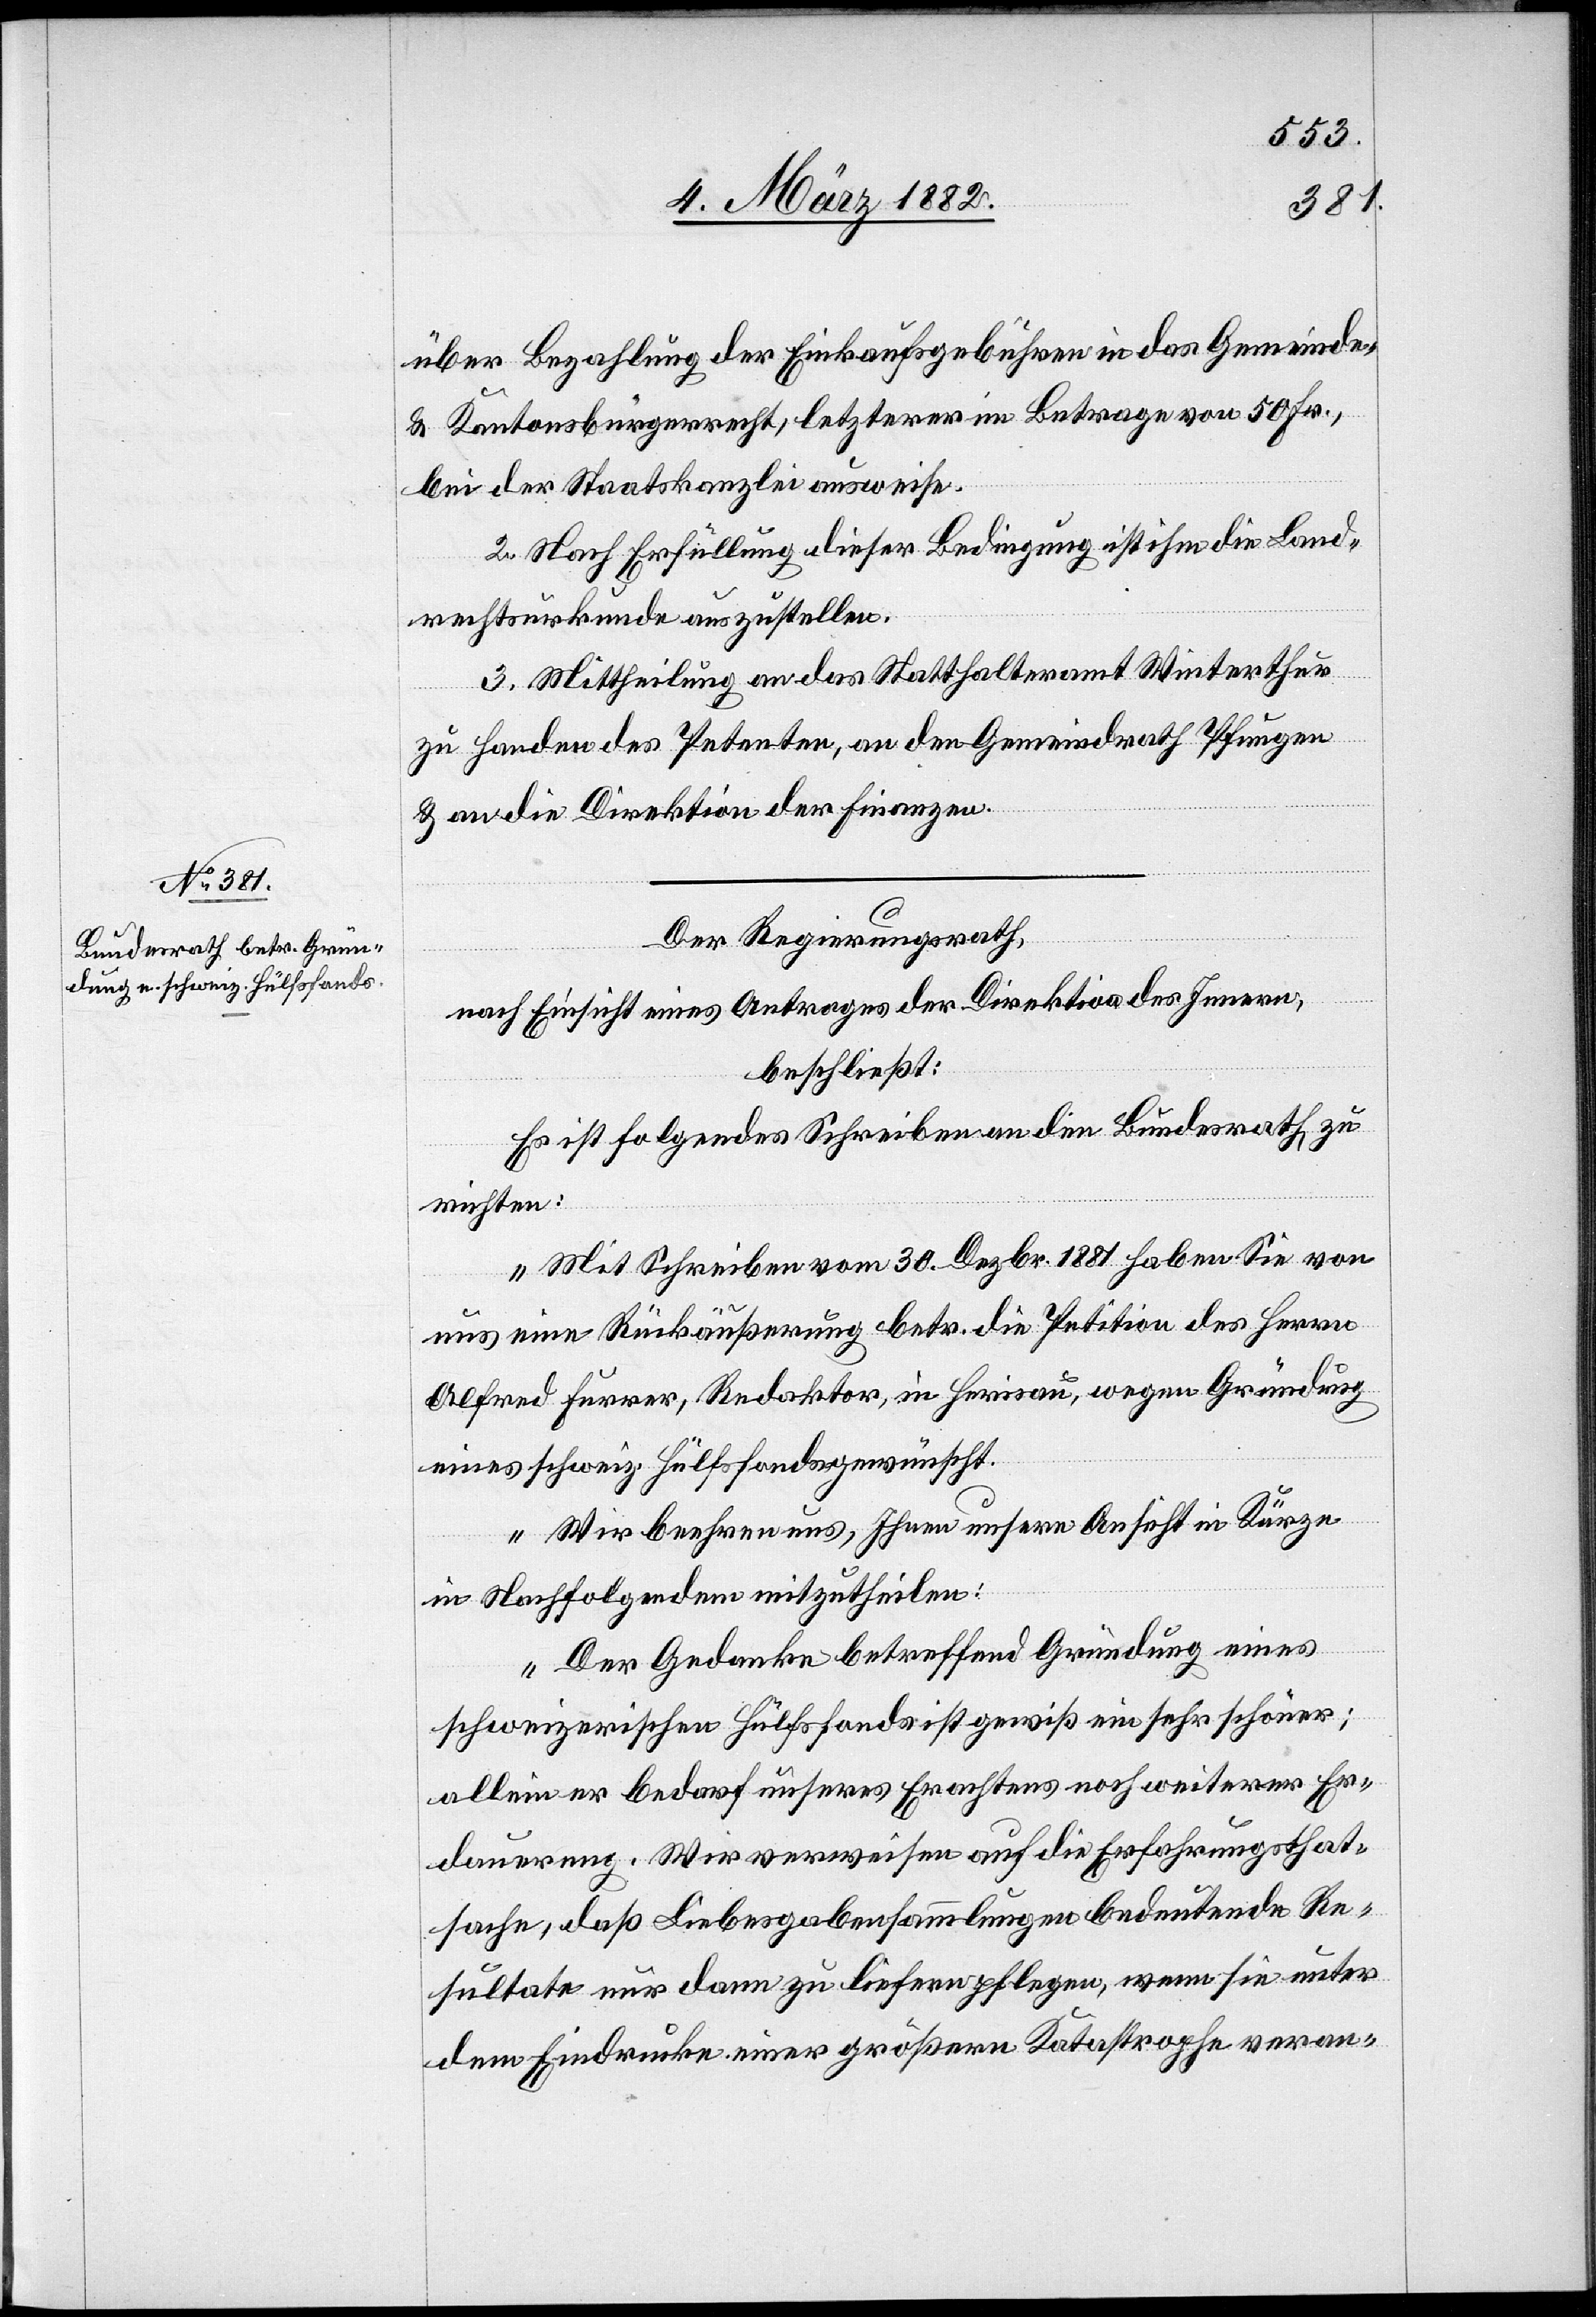
über Bezahlung der Einkaufsgebühren in das Gemeinde-
& Kantonsbürgerrecht, letztere im Betrage von 50 Fr.,
bei der Staatskanzlei ausweise.
2. Nach Erfüllung dieser Bedingung ist ihm die Land¬
rechtsurkunde auszustellen.
3. Mittheilung an das Statthalteramt Winterthur
zu Handen des Petenten, an den Gemeindrath Pfungen
& an die Direktion der Finanzen.
Der Regierungsrath,
nach Einsicht eines Antrages der Direktion des Innern,
beschließt:
Es ist folgendes Schreiben an den Bundesrath zu
richten:
„Mit Schreiben vom 30. Dezbr. 1881 haben Sie von
uns eine Rückäußerung betr. die Petition des Herrn
Alfred Furrer, Redaktor, in Herisau, wegen Gründung
eines schweiz. Hülfsfonds gewünscht.
Wir beehren uns, Ihnen unsere Ansicht in Kürze
in Nachfolgendem mitzutheilen:
Der Gedanke betreffend Gründung eines
schweizerischen Hülfsfonds ist gewiß ein sehr schöner;
allein er bedarf unseres Erachtens noch weiterer Er¬
dauerung. Wir verweisen auf die Erfahrungsthat¬
sache, daß Liebesgabensammlungen bedeutende Re¬
sultate nur dann zu leisten pflegen, wenn sie unter
dem Eindrucke einer größeren Katastrophe veran-